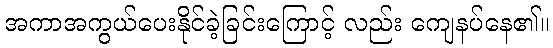
အကာအကွယ်ပေးနိုင်ခဲ့ခြင်းကြောင့် လည်း ကျေနပ်နေ၏။